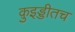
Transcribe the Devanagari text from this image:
क़ुइड्डीतच